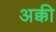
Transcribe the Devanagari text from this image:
अक्की